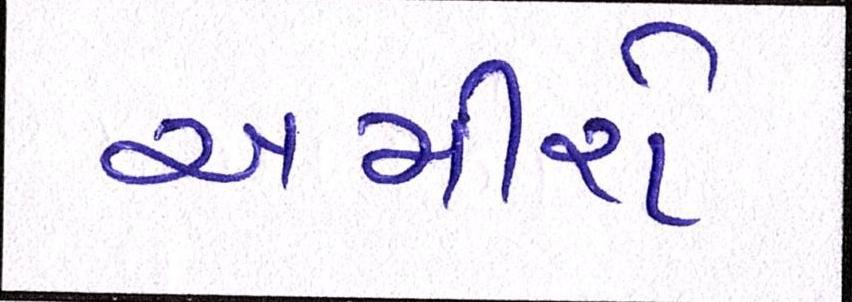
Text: અમીરો